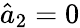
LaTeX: \hat{a}_{2}=0